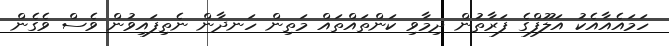
ހަމައެއާއެކު އަލޫފްގެ ފަރާތުން ދިމާވި ކަންތައްތައް މަތިން ހަނދާން ނެތިފައިވުން ވެސް ވެގެން